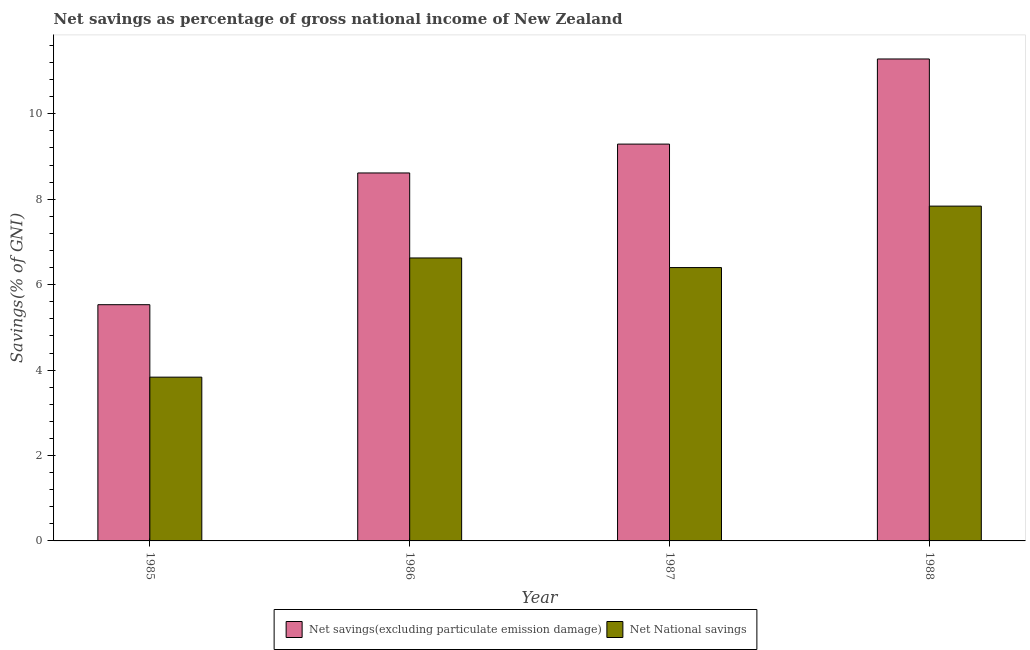
| Year | Net savings(excluding particulate emission damage) | Net National savings |
 | --- | --- | --- |
 | 1985 | 5.53 | 3.83 |
 | 1986 | 8.62 | 6.63 |
 | 1987 | 9.29 | 6.4 |
 | 1988 | 11.3 | 7.84 |